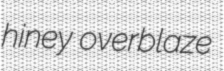
hiney overblaze